65_HS1-834228961_62-HQ-83894_Section_2
Agency: FBI
Page 39
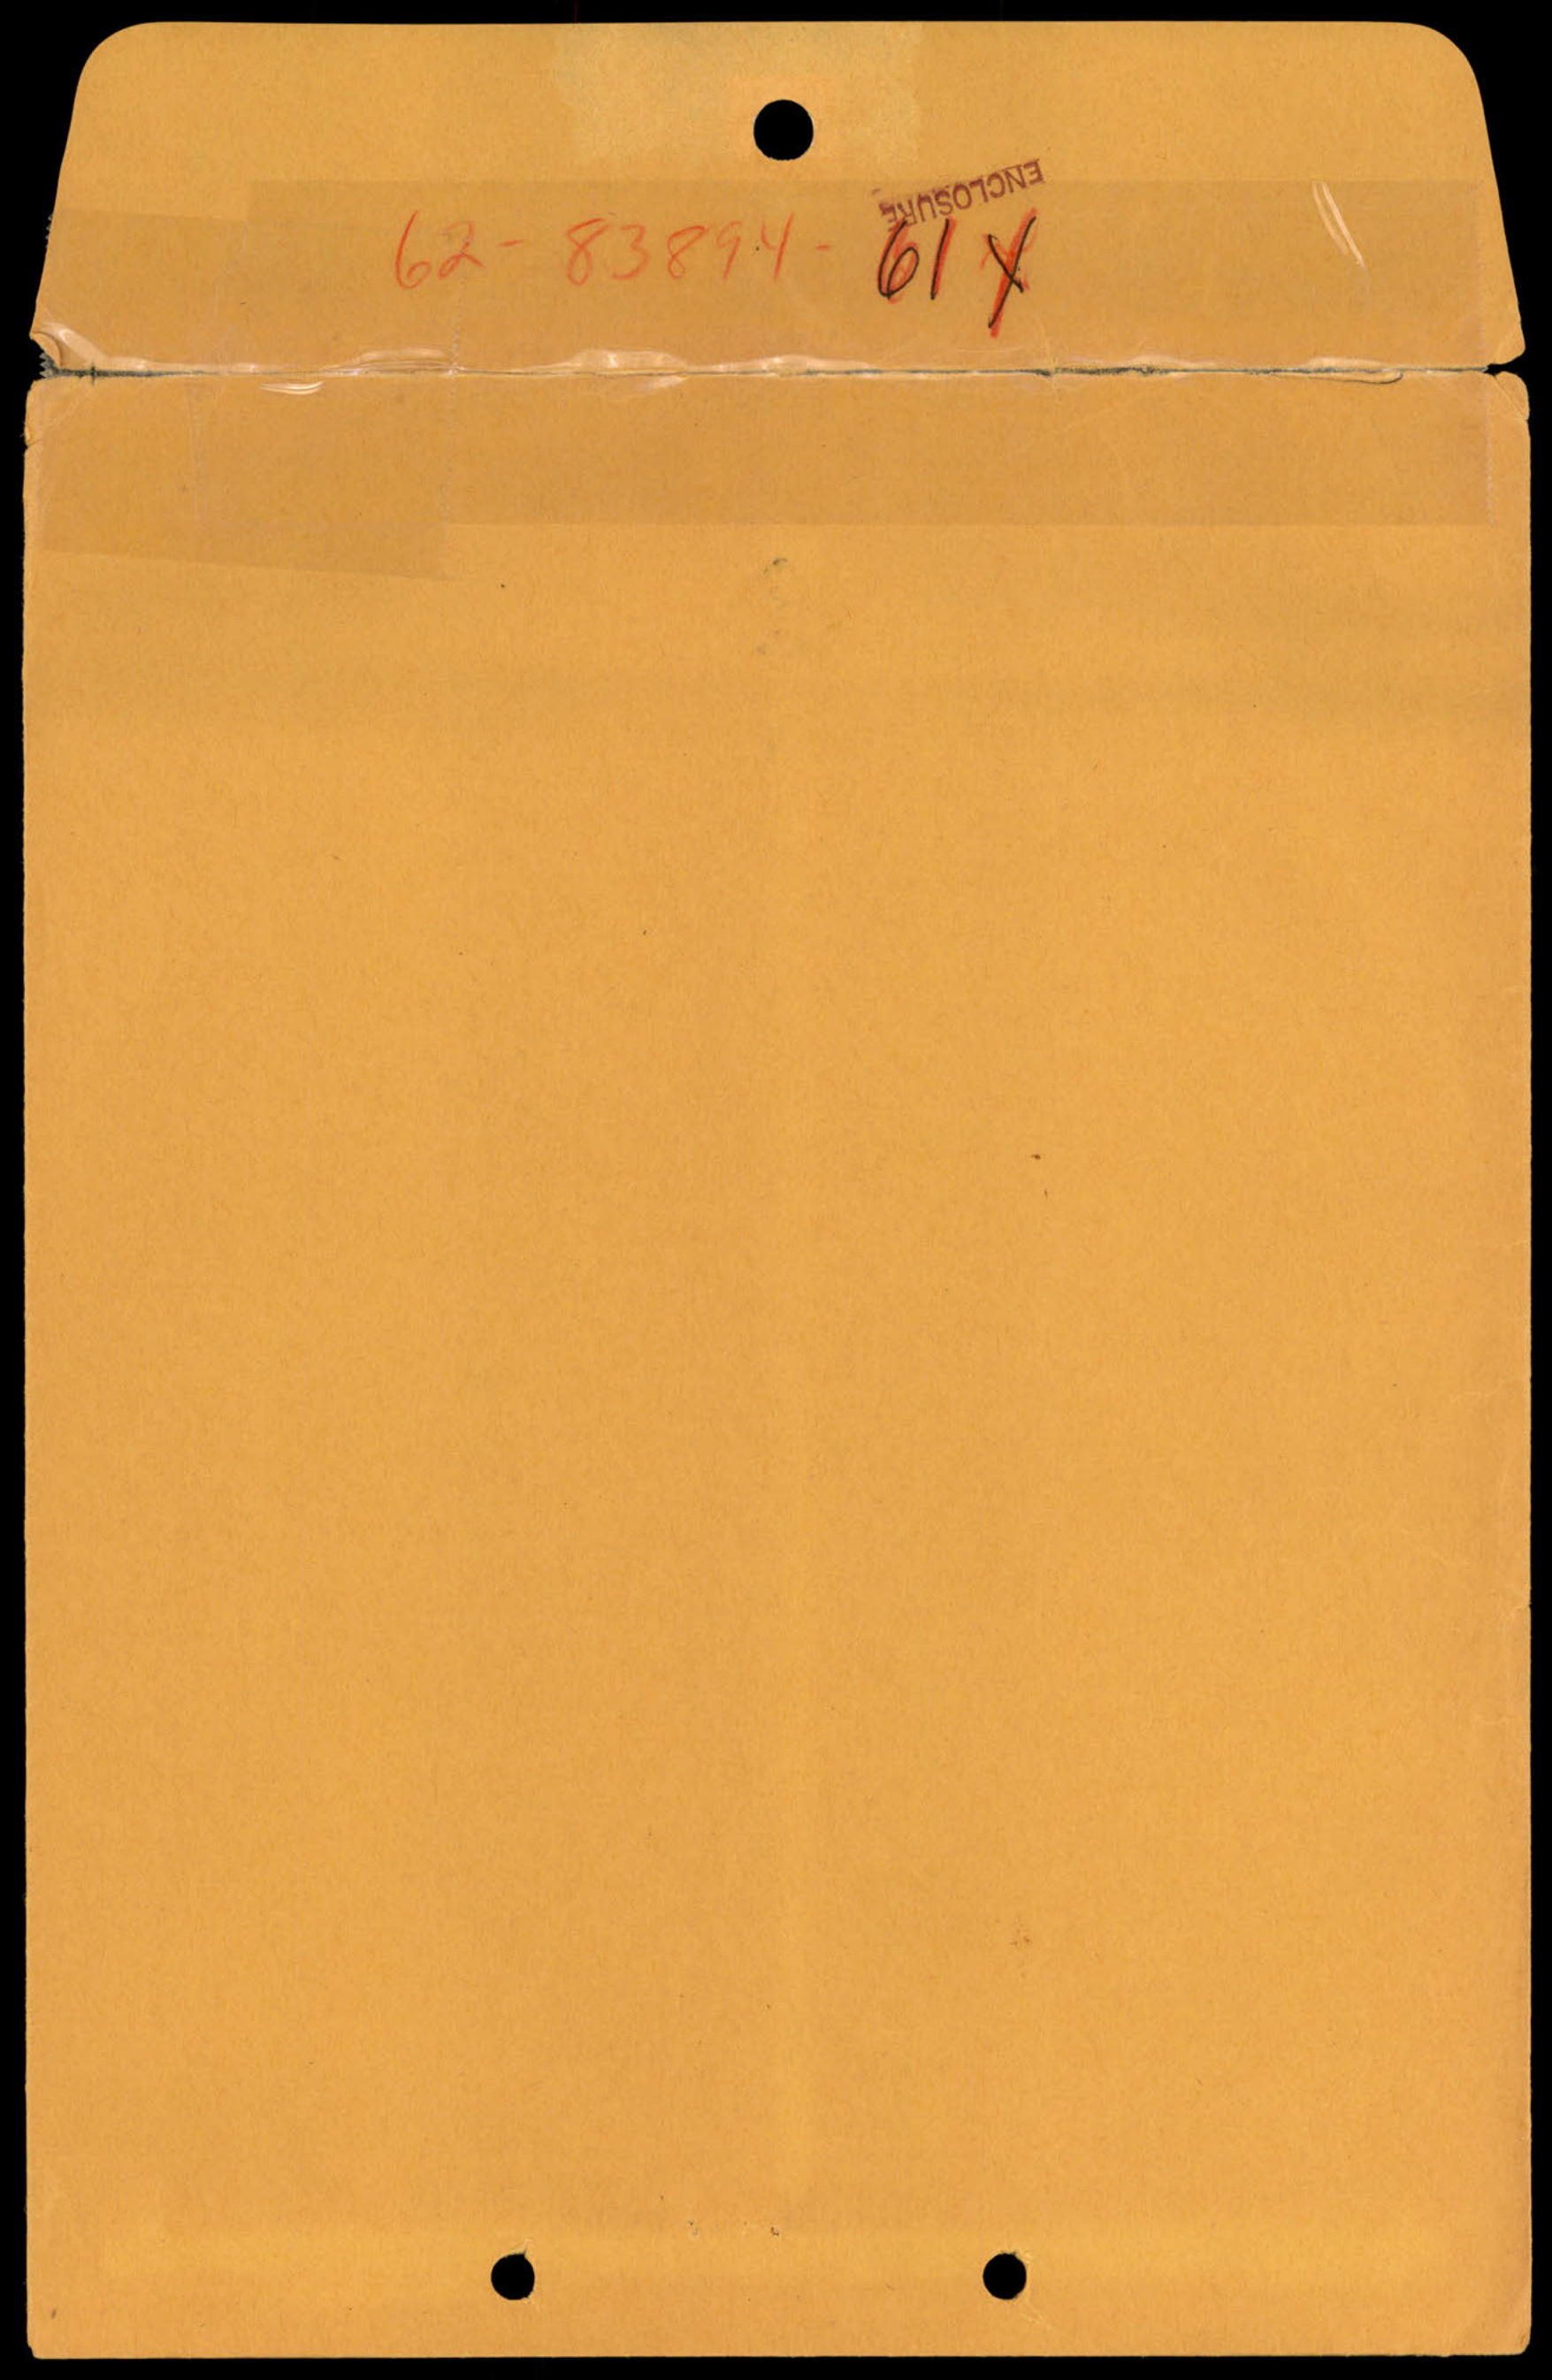